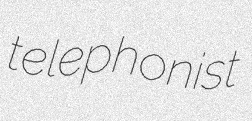
telephonist